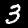
Digit: 3